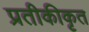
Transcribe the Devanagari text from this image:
प्रतीकीकृत